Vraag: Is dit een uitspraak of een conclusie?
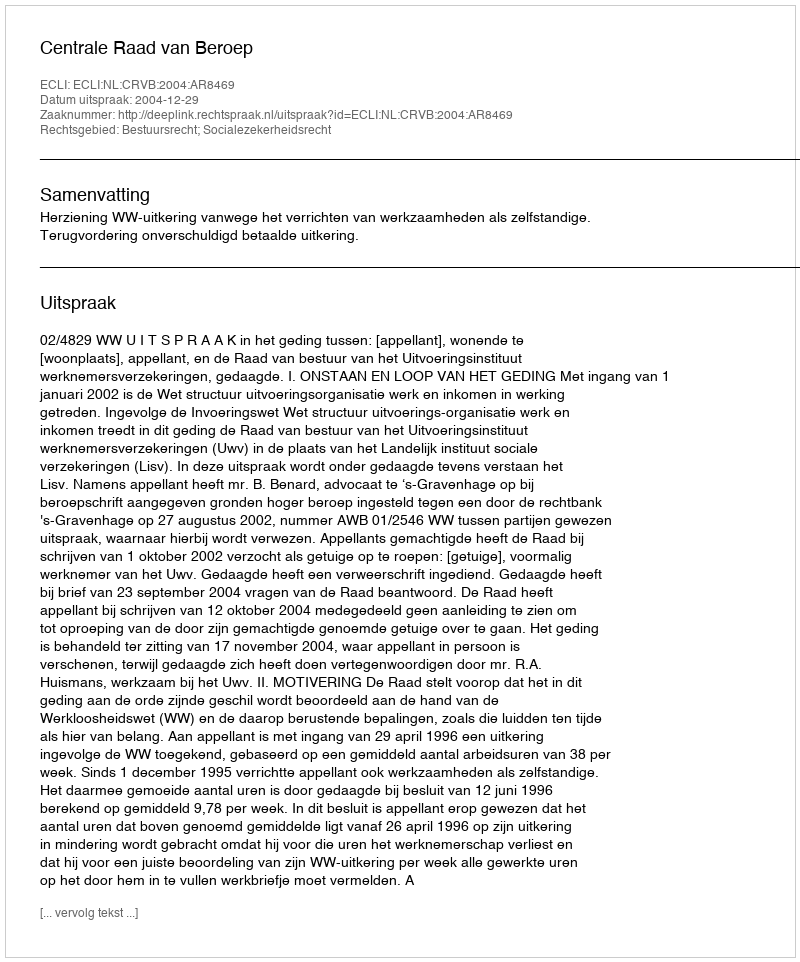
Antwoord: Uitspraak